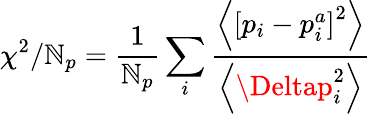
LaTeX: \chi^{2}/\mathbb{N}_{p}=\frac{{1}}{{\mathbb{N}_{p}}}\sum_{i}\frac{{\left\langle\left[p_{i}-p_{i}^{a}\right]^{2}\right\rangle}}{{\left\langle\Deltap_{i}^{2}\right\rangle}}